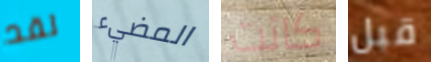
لقد المضيء كانت قبل